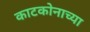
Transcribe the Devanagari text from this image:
काटकोनाच्या